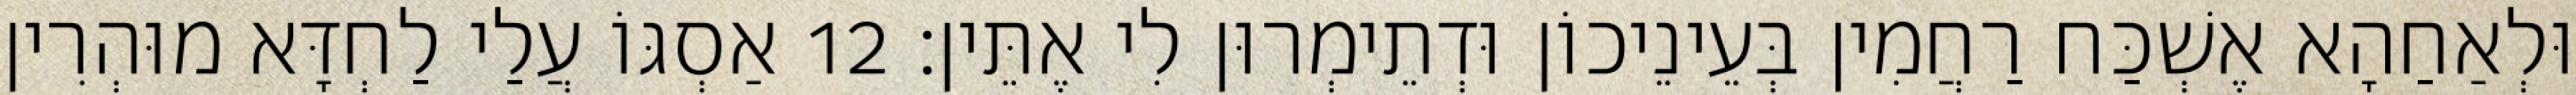
וּלְאַחַהָא אֶשְׁכַּח רַחֲמִין בְּעֵינֵיכוֹן וּדְתֵימְרוּן לִי אֶתֵּין׃ 12 אַסְגּוֹ עֲלַי לַחְדָּא מוּהְרִין